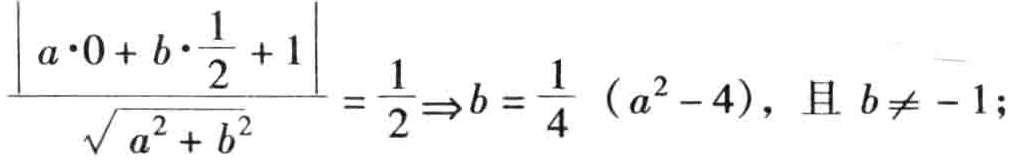
\(\frac{\left|a\cdot0 + b\cdot\frac{1}{2}+1\right|}{\sqrt{a^{2}+b^{2}}}=\frac{1}{2}\Rightarrow b = \frac{1}{4}\left(a^{2}-4\right),\text{ 且 }b\neq - 1;\)